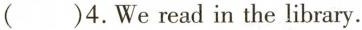
()4.We read in the library.